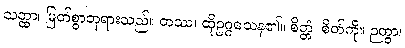
သတ္ထာ၊ မြတ်စွာဘုရားသည်။ တဿ၊ ထိုဥဂ္ဂသေန၏။ စိတ္တံ၊ စိတ်ကို။ ဉတွာ၊